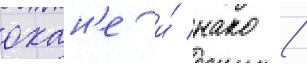
охан'е и́ нако /